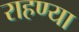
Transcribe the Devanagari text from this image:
राहण्या